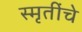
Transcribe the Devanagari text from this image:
स्मृतींचे